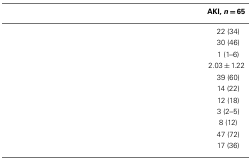
<table><thead><tr><td>[EMPTY_CELL]</td><td><b>AKI, <i>n</i> = 65</b></td></tr></thead><tbody><tr><td>[EMPTY_CELL]</td><td>22 (34)</td></tr><tr><td>[EMPTY_CELL]</td><td>30 (46)</td></tr><tr><td>[EMPTY_CELL]</td><td>1 (1–6)</td></tr><tr><td>[EMPTY_CELL]</td><td>2.03 ± 1.22</td></tr><tr><td>[EMPTY_CELL]</td><td>39 (60)</td></tr><tr><td>[EMPTY_CELL]</td><td>14 (22)</td></tr><tr><td>[EMPTY_CELL]</td><td>12 (18)</td></tr><tr><td>[EMPTY_CELL]</td><td>3 (2–5)</td></tr><tr><td>[EMPTY_CELL]</td><td>8 (12)</td></tr><tr><td>[EMPTY_CELL]</td><td>47 (72)</td></tr><tr><td>[EMPTY_CELL]</td><td>17 (36)</td></tr></tbody></table>